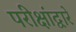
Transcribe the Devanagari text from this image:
परीक्षांद्वारे